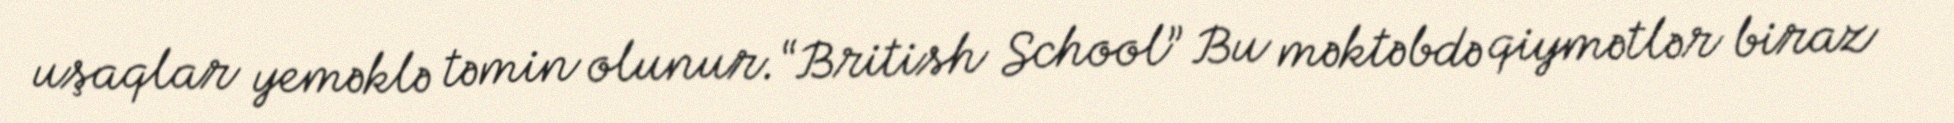
uşaqlar yeməklə təmin olunur.“British School” Bu məktəbdə qiymətlər biraz